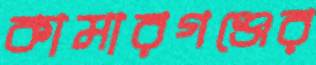
কামারগঞ্জের